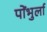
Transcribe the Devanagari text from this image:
पोंभुर्ला